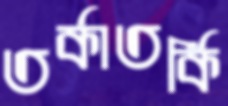
তর্কাতর্কি